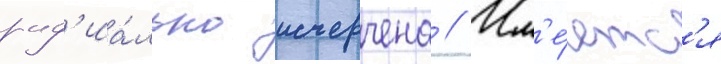
рад'иа́льно исчерчена // Им'е́етс'я